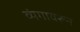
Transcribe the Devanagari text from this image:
व्यंगावरून